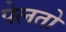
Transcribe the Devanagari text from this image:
पेलतो